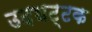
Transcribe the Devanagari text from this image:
उदघट्टक